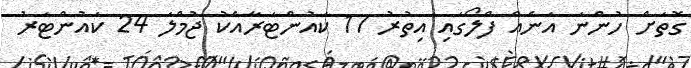
ގޮތަށް ހުންނަ އަނެއް ފްލޯގައި އިތުރު 17 ކައުންޓަރާއެކު ޖުމްލަ 24 ކައުންޓަރު